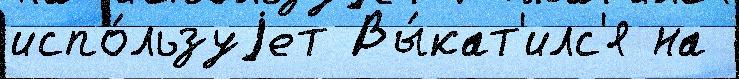
испо́льзуjет Вы́кат'илс'я на